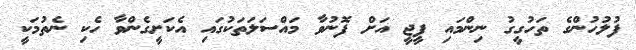
ފުލުހުންގެ ތަހުގީގު ނިންމައި ޕީޖީ އަށް ފޮނުވާ މައްސަލަތަކުގައި އެކަށީގެންވާ ހެކި ނެތުމަކީ